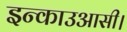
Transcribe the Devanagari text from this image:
इन्काउआसी।